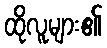
ထိုလူများ၏